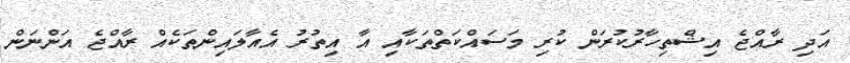
އަދި ރާއްޖެ އިޝްތިހާރުކުރަން ކުރި މަސައްކަތްތަކާއި އާ އިތުރު އެއާލައިންތަކެއް ރާއްޖެ އަންނަން